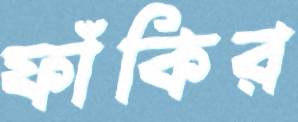
ফাঁকির